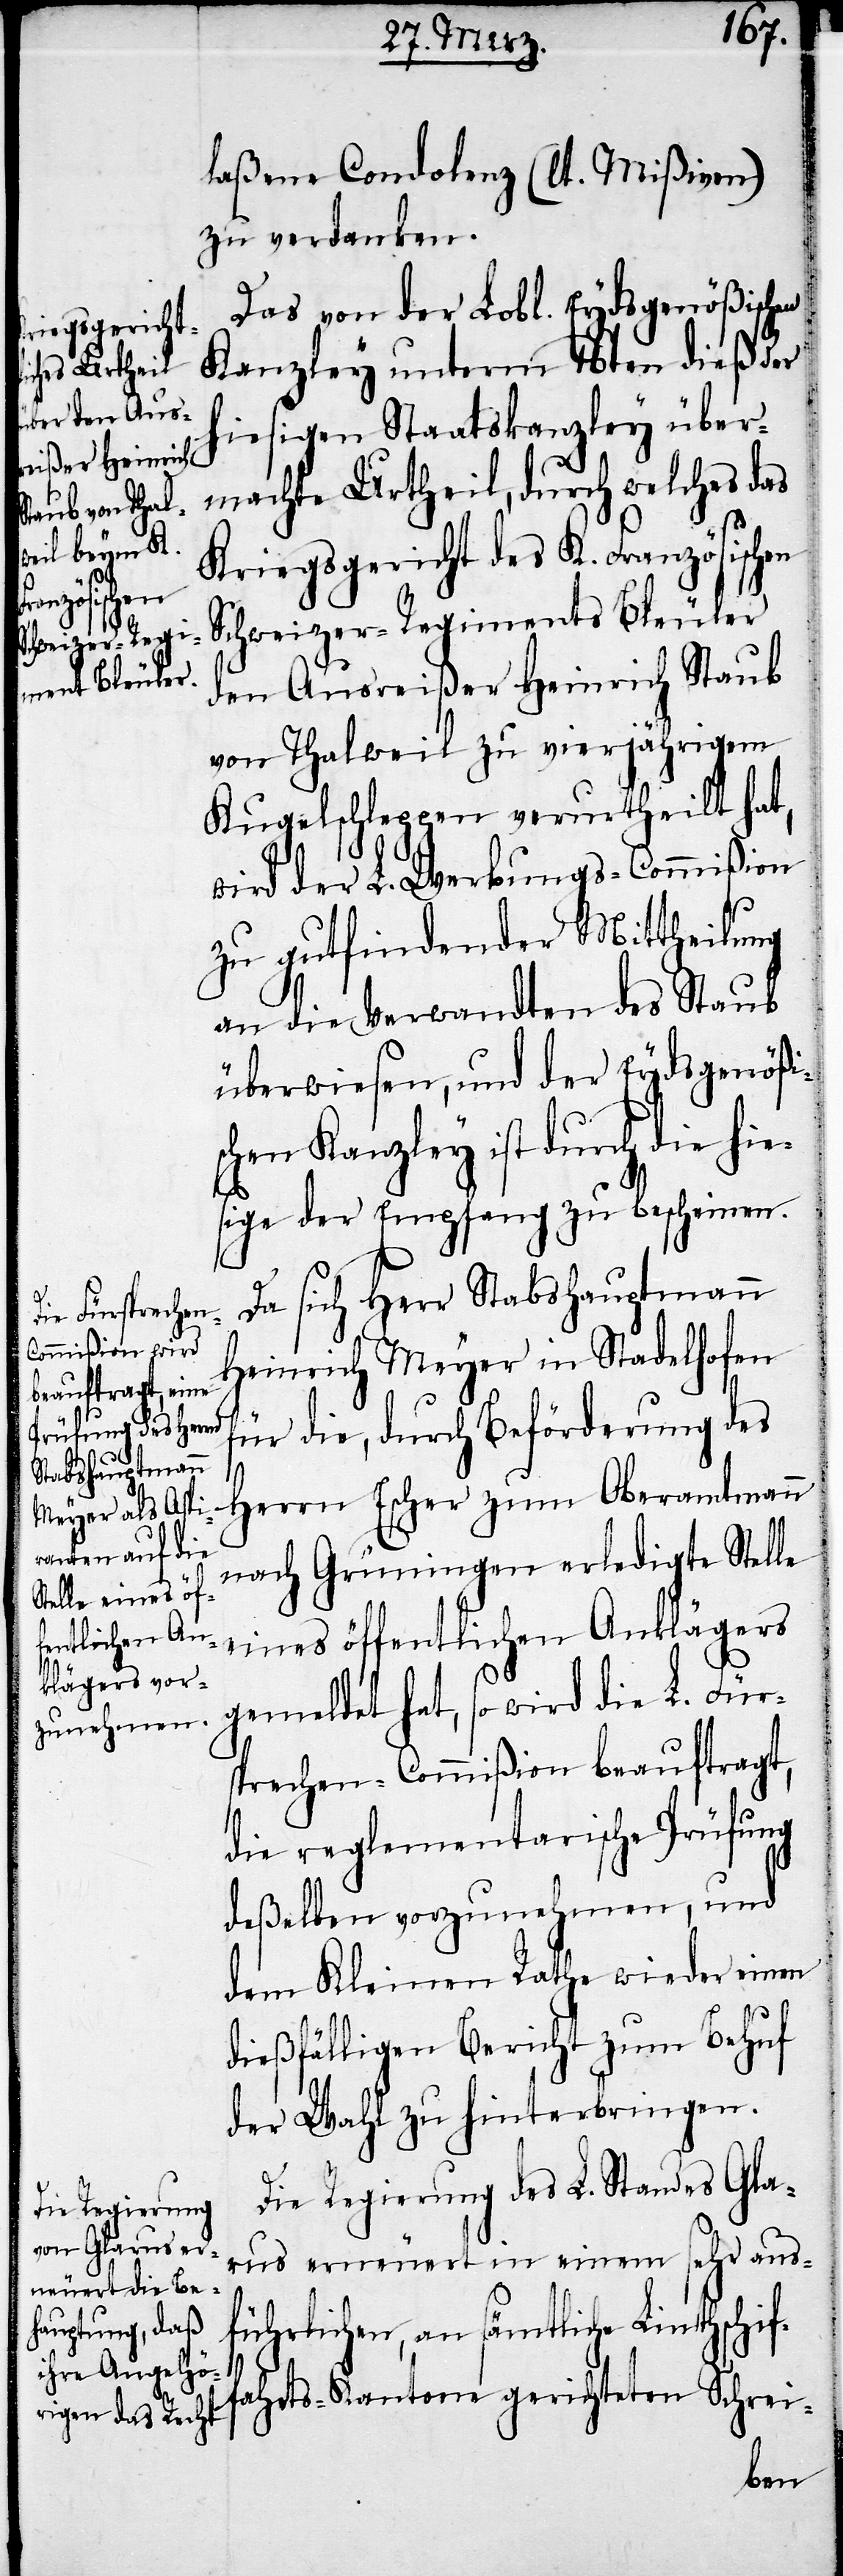
laßene Condolenz (lt. Mißiven)
zu verdanken.
Das von der Lobl. Eydsgenößischen
Kanzley unterm 16ten dieß der
hiesigen Staatskanzley über¬
machte Urtheil, durch welches das
Kriegsgericht des K. Französischen
Schweizer-Regiments Bleuler
den Ausreißer Heinrich Staub
von Thalweil zu vierjährigem
Kugelschleppen verurtheilt hat,
wird der L. Werbungs-Commißion
zu gutfindender Mittheilung
an die Verwandten des Staub
überwiesen, und der Eydsgenößi¬
schen Kanzley ist durch die hie¬
sige der Empfang zu bescheinen.
Da sich Herr Stabshauptmann
Heinrich Meyer in Stadelhofen
für die, durch Beförderung des
Herrn Escher zum Oberamtmann
nach Grüningen erledigte Stelle
eines öffentlichen Anklägers
gemeldet hat, so wird die L. Für¬
sprechen-Commißion beauftragt,
die reglementarische Prüfung
deßelben vorzunehmen, und
dem Kleinen Rathe wieder einen
dießfälligen Bericht zum Behuf
der Wahl zu hinterbringen.
Die Regierung des L. Standes Gla¬
rus erneuert in einem sehr aus¬
führlichen, an sämtliche Linthschif¬
fahrts-Kantone gerichteten Schrei-